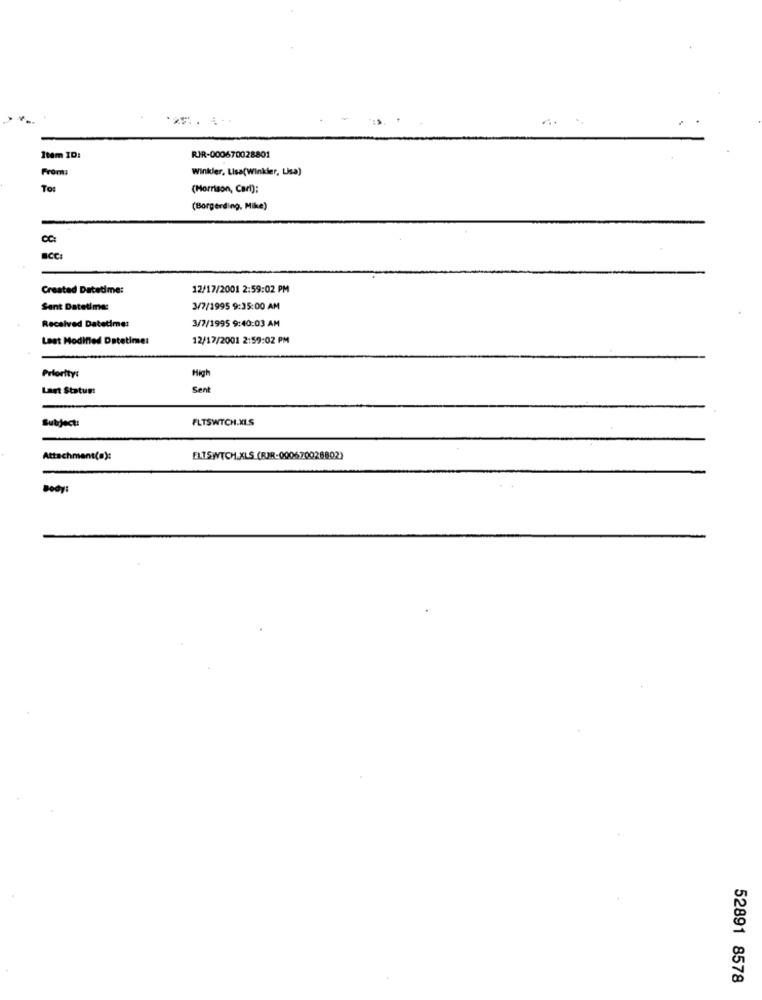
Item ID:
RIR-000670028801
From:
Winkler, Lisa(Winkler, Lisa)
To:
(Morrison, Cari);
(Borgerding, Mike)
Created Datetime:
12/17/2001 2:59:02 PM
Sant Datetime:
3/7/1995 9:35:00 AM
3/7/1995 9:40:03 AM
Received Datetime:
Last Modified Datetime:
12/17/2001 2:59:02 PM
Priority:
High
Last Status:
Sent
Subject:
FLTSWTCH.XLS
Attachment(o):
ELTSWTCH.XLS (RIR-000670028802)
Body:
52891 8578